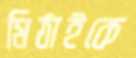
মিঠাইকে